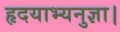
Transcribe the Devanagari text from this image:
हृदयाभ्यनुज्ञा।